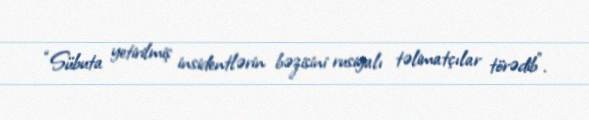
“Sübuta yetirilmiş insidentlərin bəzisini rusiyalı təlimatçılar törədib”.